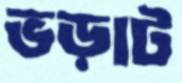
ভড়াট